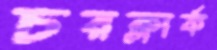
চরক্লার্ক